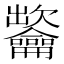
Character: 𪛐